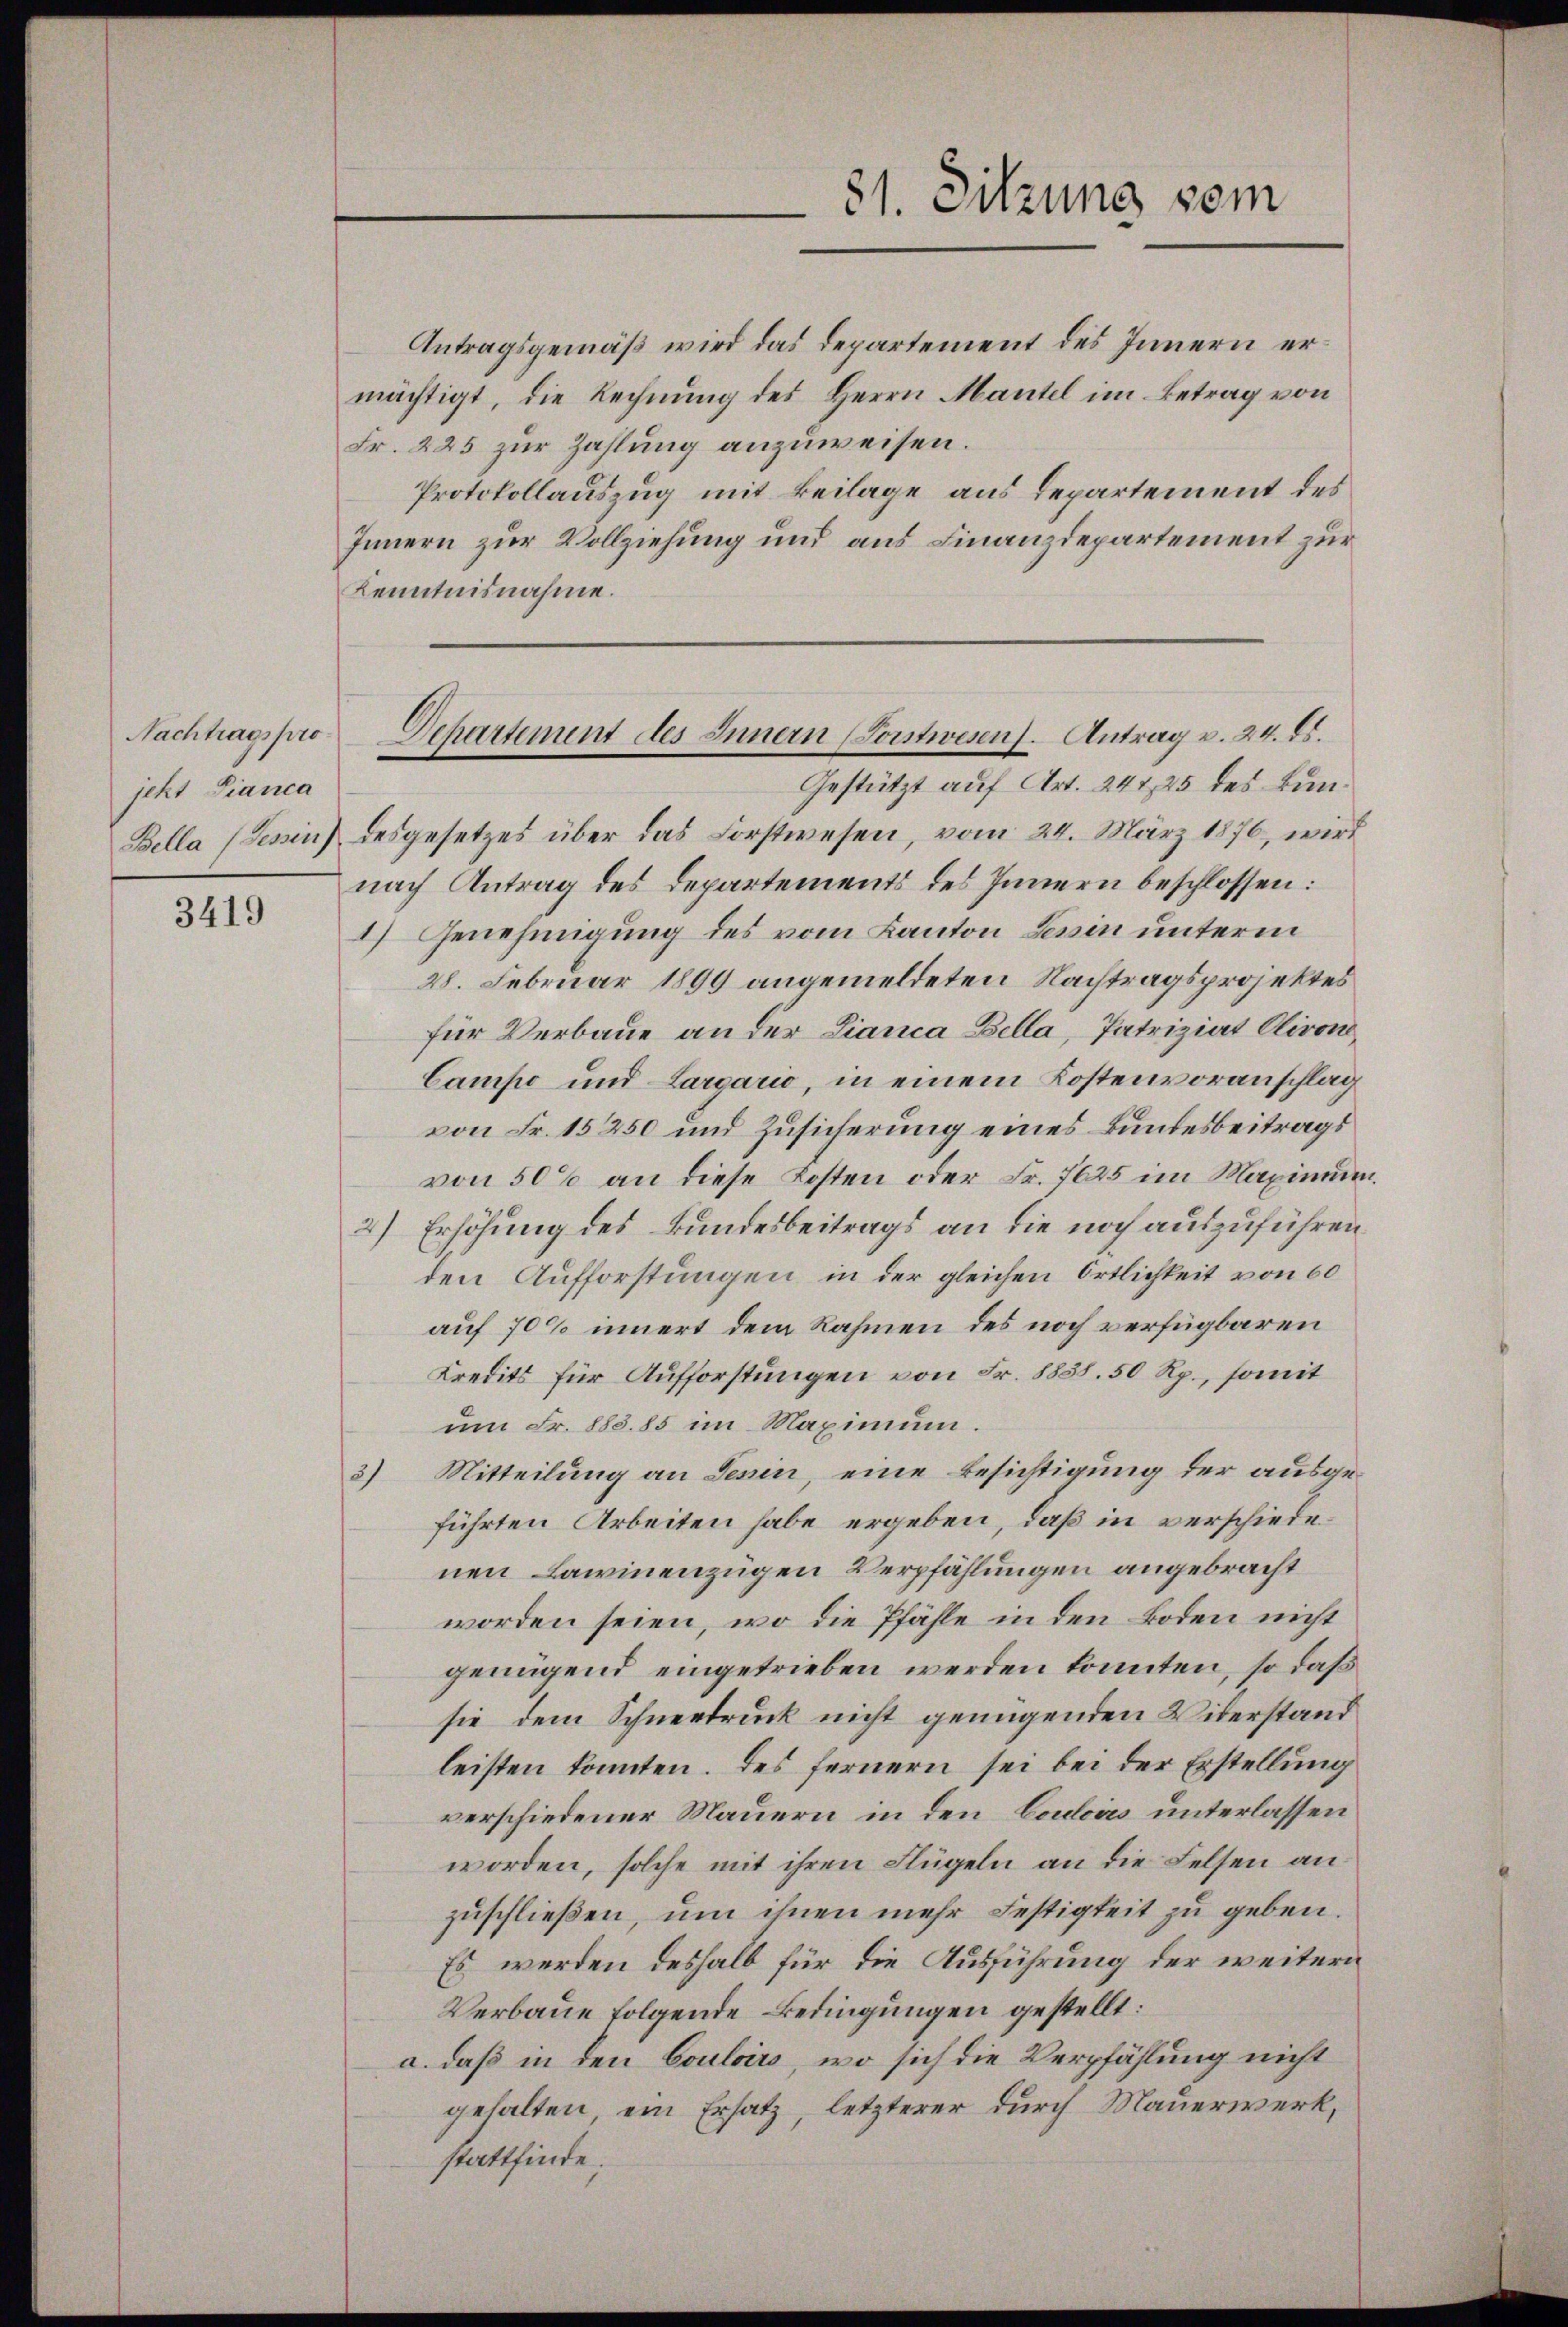
Nachtragspro
jekt Pianca

3419

Antragsgemäß wird das Departement des Innern ermächtigt, die Rechnung des Herrn Mantel im Betrag von
Fr. 225 zur Zahlung anzuweisen.
Protokollauszug mit Beilage aus Departement des
Innern zur Vollziehung und aus Finanzdepartement zur
Kenntnisnahme.

Gestützt auf Art. 247,25 des Bun¬
Bella (Tessin) desgesetzes über das Forstwesen, vom 24. März 1876, wird
nach Antrag des Departements des Innern beschlossen:
1) Genehmigung des vom Kanton Tessin unterm
28. Februar 1899 angemeldeten Nachtragsprojektes
für Verbaue an der Lianca Bella, Patriziat Olivon
Campe und Largario, in einem Kostenvoranschlag
von Fr. 15250 und Zusicherung eines Bundesbeitrags
von 50% an diese Kosten oder Fr. 7625 im Maximum¬
2) Erhöhung des Bundesbeitrags an die noch auszuführen
den Aufforstungen in der gleichen Ortlichkeit von 60
auf 70% innert dem Rahmen des noch verfügbaren
Kredits für Aufforstungen von Fr. 8838. 50 Rp., somit
um Fr. 883.85 im Maximum.
3) Mitteilung an Jenin, eine Besichtigung der ausgeführten Arbeiten habe ergeben, daß in verschiedenen Lawinenzügen Verpfählungen angebracht
worden seien, wo die Pfähle in den Boden nicht
genügend eingetrieben werden konnten, so daß
sie dem Schneedruck nicht genügenden Widerstand
leisten konnten. Des fernern sei bei der Erstellung
verschiedener Mauern in den Catoirs unterlassen
worden, solche mit ihren Flügeln an die Felsen an
zuschließen, um ihnen mehr Festigkeit zu geben.
Es werden deshalb für die Ausführung der weitern
Verbaue folgende Bedingungen gestellt:
a. daß in den Couloirs, wo sich die Verpfählung nicht
gehalten, ein Ersatz, letzterer durch Mauerwerk,
stattfinde;

81. Sitzung vom

Departement des Innern (Forstwesen. Antrag v. 24. ds.